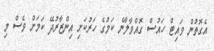
އެގޮތުން ވައިޓް ހައުސް ގޮއްވާލާނެ ކަމުގެ ހަރުކަށި އިންޒާރުދޭ ކަމަށް ވެސް މި